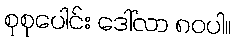
စုစုပေါင်း ဒေါ်လာ ၈၀ပါ။